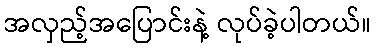
အလှည့်အပြောင်းနဲ့ လုပ်ခဲ့ပါတယ်။